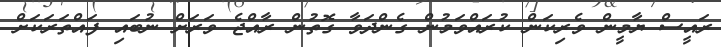
ރައީސް ޔާމީން ވެރިކަން ކުރައްވަމުން ގެންދަވާ ގޮތުން ރާއްޖެ ވަރަށް ނުބައި ފައްތަރަކަށް